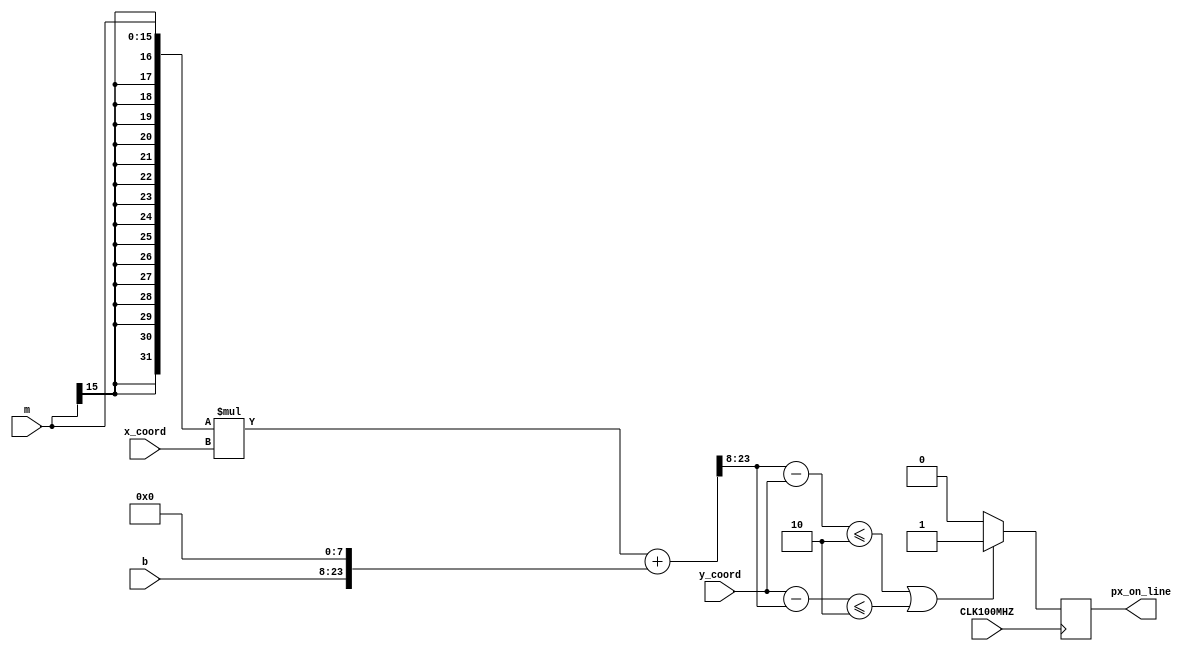
`timescale 1ns / 1ps
//////////////////////////////////////////////////////////////////////////////////
// UNIVERSITY OF CAPE TOWN
//
// 
// Project Name: LEIA
// Module Name: Line_Drawer

// Target Devices: Nexys-A7-100T 
// Tool Versions: Vivado WebPack 2018
// Description: 
// 
// Indicates if current px in image belongs to one of the detected lanes
//
// Revision: 1.0 - Final Version
//////////////////////////////////////////////////////////////////////////////////



module Line_Drawer(
        input CLK100MHZ,		//input clock
        input signed [15:0] m, // gradient of line (signed real number - fixed point at index 8)
        input signed [15:0] b, // y-intercept of line (signed integer)
        input [15:0] x_coord, // x-coordinate of px in image
        input [15:0] y_coord, // y-coordinate of px in image
        output reg px_on_line //true if current (x,y) coord lies on the line
    );
    
    parameter [3:0] LINE_WIDTH = 4'd2;
    
    wire signed [15:0] y_hat;
    
    wire[31:0] m_extended;
    wire[31:0] b_extended;
    wire[31:0] x_coord_extended;
    assign m_extended [31:0] = ((m<<16)>>>16); // extend with correct sign
    assign b_extended [31:0] = ((b<<16)>>>16); // extend with correct sign
    assign x_coord_extended [31:0] = ((x_coord<<16)>>>16); // extend with correct sign
    
    wire [31:0] y_hat_extended; 
    assign y_hat_extended [31:0] = (((m_extended*x_coord_extended))+(b_extended<<8)); //NB multipy results in fixed point number at bit 8
    assign  y_hat[15:0] = y_hat_extended[23:8]; //remove fixed point part and only use integer part
    
    always @ (posedge CLK100MHZ) begin
    
        if( y_hat - y_coord <= LINE_WIDTH || y_coord-y_hat <= LINE_WIDTH) begin
            px_on_line <= 1'b1;
        end else begin
            px_on_line <= 1'b0;
        end
    end
     
endmodule